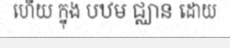
ហើយ ក្នុង បឋម ជ្ឈាន ដោយ